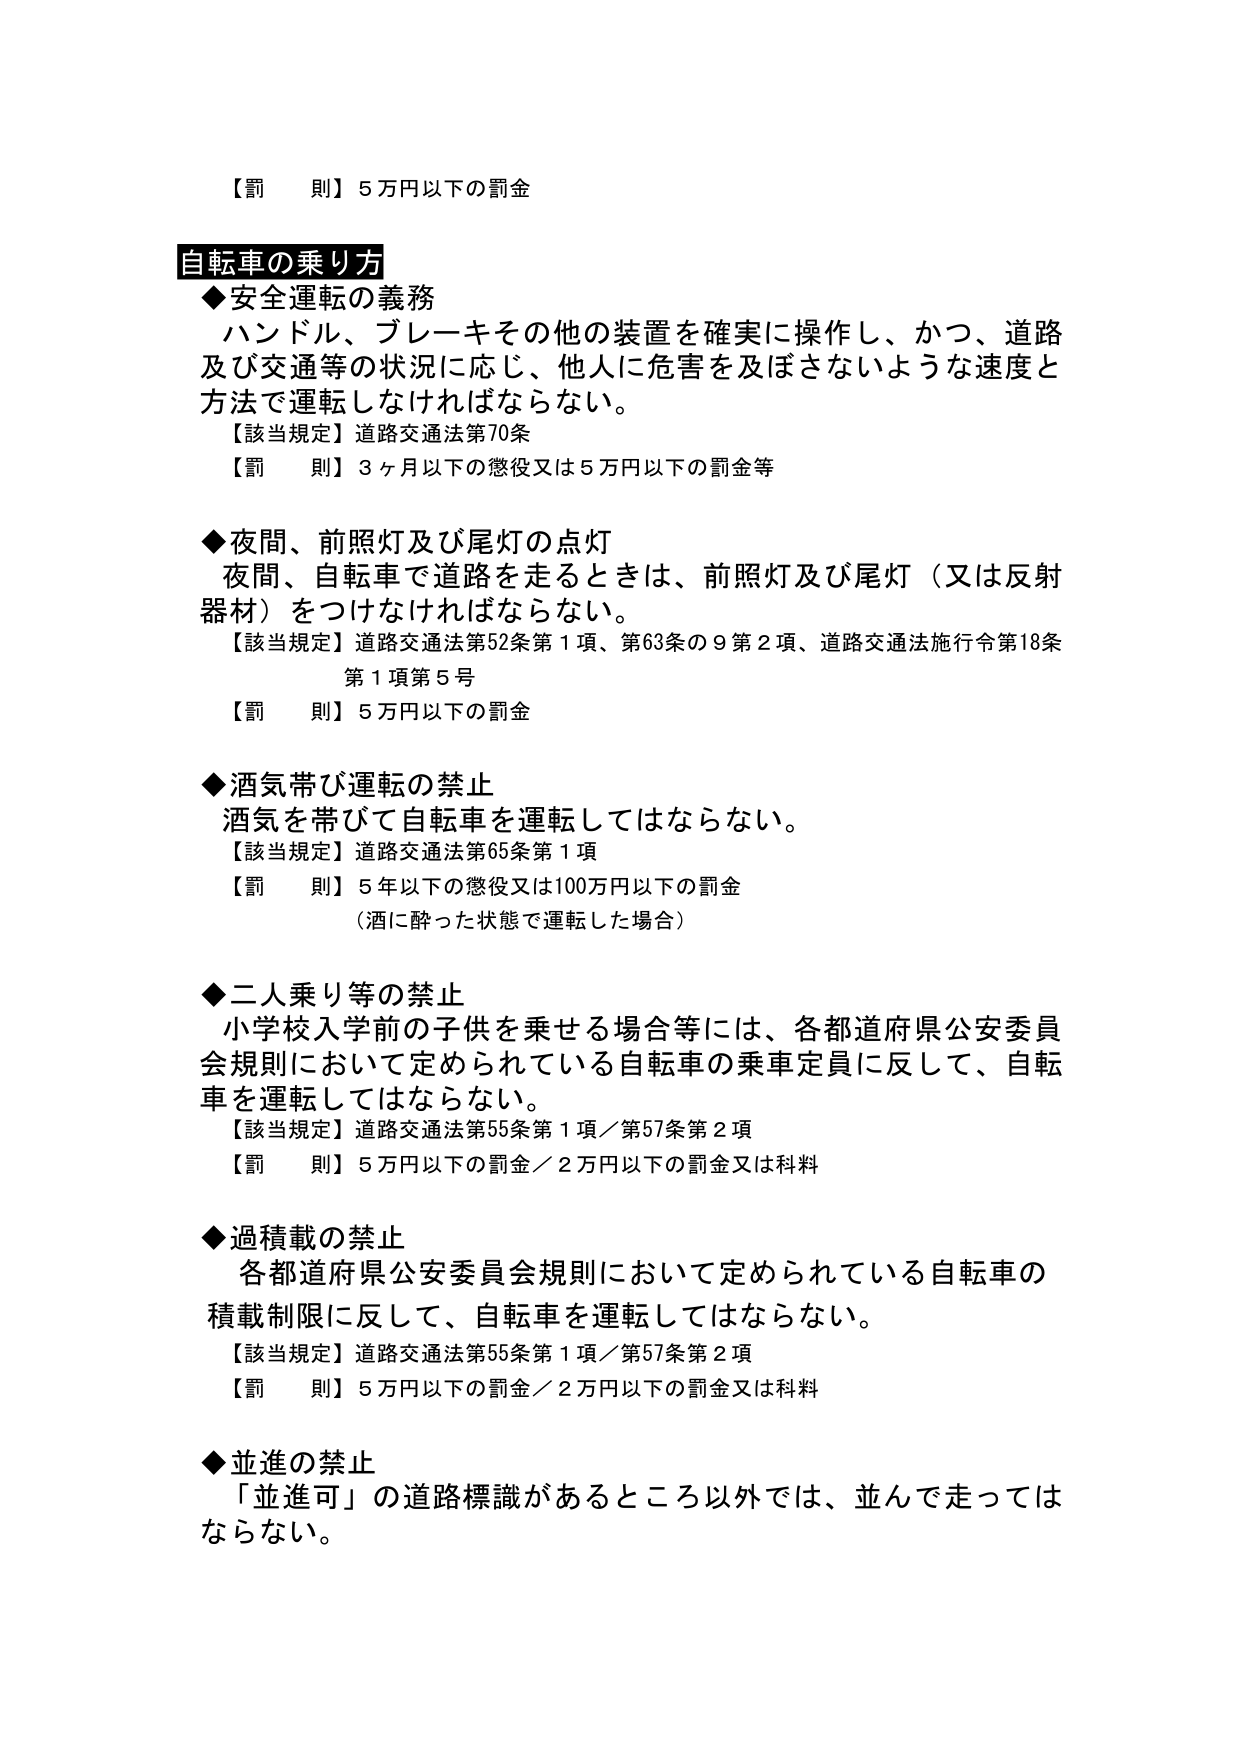
【罰則】5万円以下の罰金

自転車の乗り方
◆安全運転の義務
ハンドル、ブレーキその他の装置を確実に操作し、かつ、道路及び交通等の状況に応じ、他人に危害を及ぼさないような速度と方法で運転しなければならない。
【該当規定】道路交通法第70条
【罰則】3ヶ月以下の懲役又は5万円以下の罰金等

◆夜間、前照灯及び尾灯の点灯
夜間、自転車で道路を走るときは、前照灯及び尾灯（又は反射器）をつけなければならない。
【該当規定】道路交通法第52条第1項、第63条の9第2項、道路交通法施行令第18条第1項第5号
【罰則】5万円以下の罰金

◆酒気帯び運転の禁止
酒気を帯びて自転車を運転してはならない。
【該当規定】道路交通法第65条第1項
【罰則】5年以下の懲役又は100万円以下の罰金
（酒に酔った状態で運転した場合）

◆二人乗り等の禁止
小学校入学前の子供を乗せる場合等には、各都道府県公安委員会規則において定められている自転車の乗車定員に反して、自転車を運転してはならない。
【該当規定】道路交通法第55条第1項／第57条第2項
【罰則】5万円以下の罰金／2万円以下の罰金又は科料

◆過積載の禁止
各都道府県公安委員会規則において定められている自転車の積載制限に反して、自転車を運転してはならない。
【該当規定】道路交通法第55条第1項／第57条第2項
【罰則】5万円以下の罰金／2万円以下の罰金又は科料

◆並進の禁止
「並進可」の道路標識があるところ以外では、並んで走ってはならない。